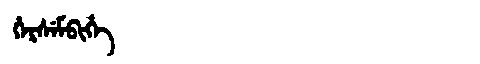
Manchu: ᡥᡝᡵᠰᡝᠮᠪᡳᡥᡝ
Romanization: HERSEMBIHE